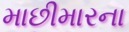
માછીમારના